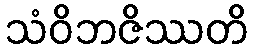
သံဝိဘဇိဿတိ